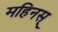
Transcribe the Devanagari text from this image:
महिनस्